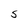
Character: S